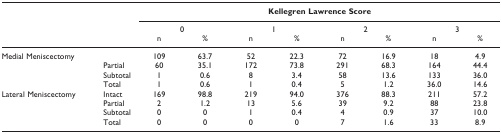
<table><thead><tr><td></td><td></td><td colspan="8"><b>Kellegren Lawrence Score</b></td></tr><tr><td></td><td></td><td colspan="2"><b>0</b></td><td colspan="2"><b>1</b></td><td colspan="2"><b>2</b></td><td colspan="2"><b>3</b></td></tr><tr><td></td><td></td><td><b>n</b></td><td><b>%</b></td><td><b>n</b></td><td><b>%</b></td><td><b>n</b></td><td><b>%</b></td><td><b>n</b></td><td><b>%</b></td></tr></thead><tbody><tr><td>Medial Meniscectomy</td><td></td><td>109</td><td>63.7</td><td>52</td><td>22.3</td><td>72</td><td>16.9</td><td>18</td><td>4.9</td></tr><tr><td></td><td>Partial</td><td>60</td><td>35.1</td><td>172</td><td>73.8</td><td>291</td><td>68.3</td><td>164</td><td>44.4</td></tr><tr><td></td><td>Subtotal</td><td>1</td><td>0.6</td><td>8</td><td>3.4</td><td>58</td><td>13.6</td><td>133</td><td>36.0</td></tr><tr><td></td><td>Total</td><td>1</td><td>0.6</td><td>1</td><td>0.4</td><td>5</td><td>1.2</td><td>36.0</td><td>14.6</td></tr><tr><td>Lateral Meniscectomy</td><td>Intact</td><td>169</td><td>98.8</td><td>219</td><td>94.0</td><td>376</td><td>88.3</td><td>211</td><td>57.2</td></tr><tr><td></td><td>Partial</td><td>2</td><td>1.2</td><td>13</td><td>5.6</td><td>39</td><td>9.2</td><td>88</td><td>23.8</td></tr><tr><td></td><td>Subtotal</td><td>0</td><td>0</td><td>1</td><td>0.4</td><td>4</td><td>0.9</td><td>37</td><td>10.0</td></tr><tr><td></td><td>Total</td><td>0</td><td>0</td><td>0</td><td>0</td><td>7</td><td>1.6</td><td>33</td><td>8.9</td></tr></tbody></table>